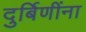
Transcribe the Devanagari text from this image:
दुर्बिणींना